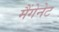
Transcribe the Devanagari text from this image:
मैंगेनेट